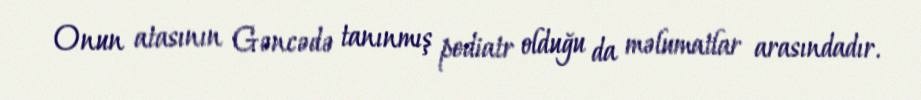
Onun atasının Gəncədə tanınmış pediatr olduğu da məlumatlar arasındadır.